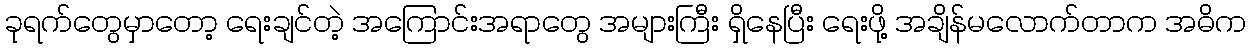
ခုရက်တွေမှာတော့ ရေးချင်တဲ့ အကြောင်းအရာတွေ အများကြီး ရှိနေပြီး ရေးဖို့ အချိန်မလောက်တာက အဓိက